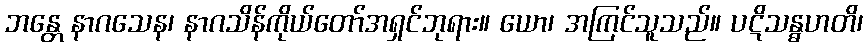
ဘန္တေ နာဂသေန၊ နာဂသိန်ကိုယ်တော်အရှင်ဘုရား။ ယော၊ အကြင်သူသည်။ ပဋိသန္ဓဟတိ၊